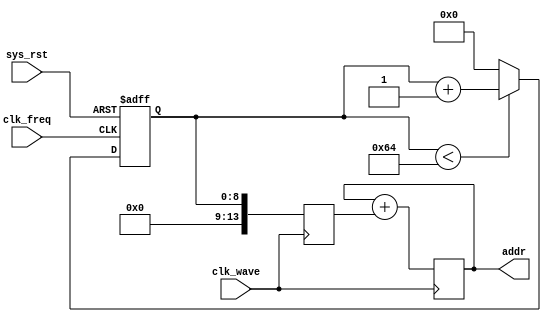
module dds(
    input               clk_wave,
    input               clk_freq,
    input               sys_rst,
    output  reg [13:0]  addr
);

reg [13:0]  freq_cons;
reg [8:0]   freq_cnt;

always @(posedge clk_wave) begin
        freq_cons <= {5'b00000, freq_cnt[8:0]};
        addr <= addr + freq_cons;                           //100Hz~10kHz
end                                                         //f=kt*f_0

always @(posedge clk_freq or negedge sys_rst) begin
    if(!sys_rst)
        freq_cnt <= 9'd0;
    else if(freq_cnt < 9'd100)
        freq_cnt <= freq_cnt + 9'd1;
    else
        freq_cnt <= 9'd0;
end

endmodule